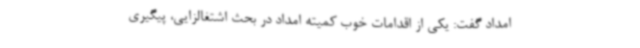
امداد گفت: یکی از اقدامات خوب کمیته امداد در بحث اشتغالزایی، پیگیری